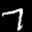
Label: 7